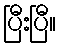
ပြီးပြီ။